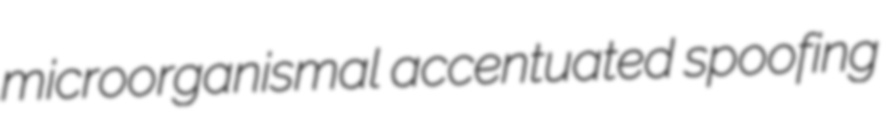
microorganismal accentuated spoofing